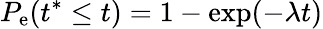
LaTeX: P_{\mathrm{e}}(t^{\ast}\leq t)=1-\exp(-\lambda t)